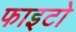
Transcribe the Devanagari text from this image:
फाइटो